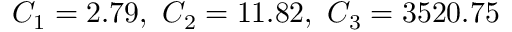
C _ { 1 } = 2 . 7 9 , \ C _ { 2 } = 1 1 . 8 2 , \ C _ { 3 } = 3 5 2 0 . 7 5